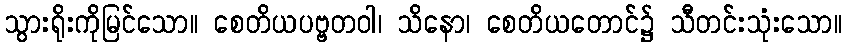
သွားရိုးကိုမြင်သော။ စေတိယပဗ္ဗတဝါ၊ သိနော၊ စေတိယတောင်၌ သီတင်းသုံးသော။